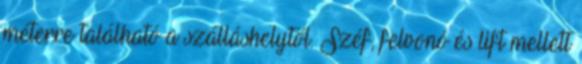
méterre található a szálláshelytől. Széf, felvonó és lift mellett